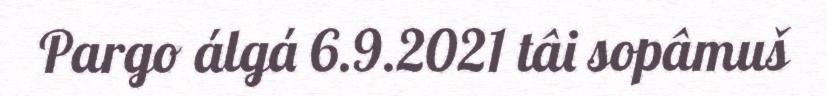
Pargo álgá 6.9.2021 tâi sopâmuš